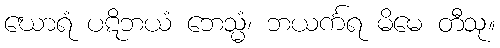
ဃောရံ ပဋိဘယံ ဘေသ္မံ၊ ဘယင်္ကရ မိမေ တီသု။